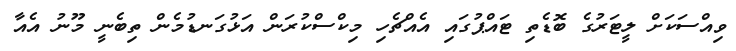
ވިއްސަކަށް ލީޓަރުގެ ބޮޑެތި ޓައްޕުގައި އެއްޗެހި މިކްސްކުރަން އަޅުގަނޑުމެން ތިބެނީ މޫނު އެއާ